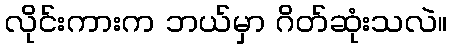
လိုင်းကားက ဘယ်မှာ ဂိတ်ဆုံးသလဲ။